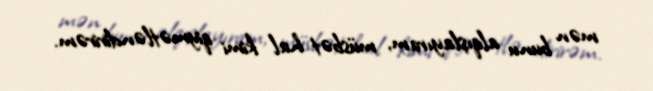
mən bunu alqışlayıram, müsbət hal kimi qiymətləndirirəm.